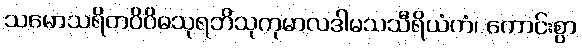
သမောသရိတဝိဝိဓသုရဘိသုကုမာလဒါမသသီရိယံကံ၊ ကောင်းစွာ